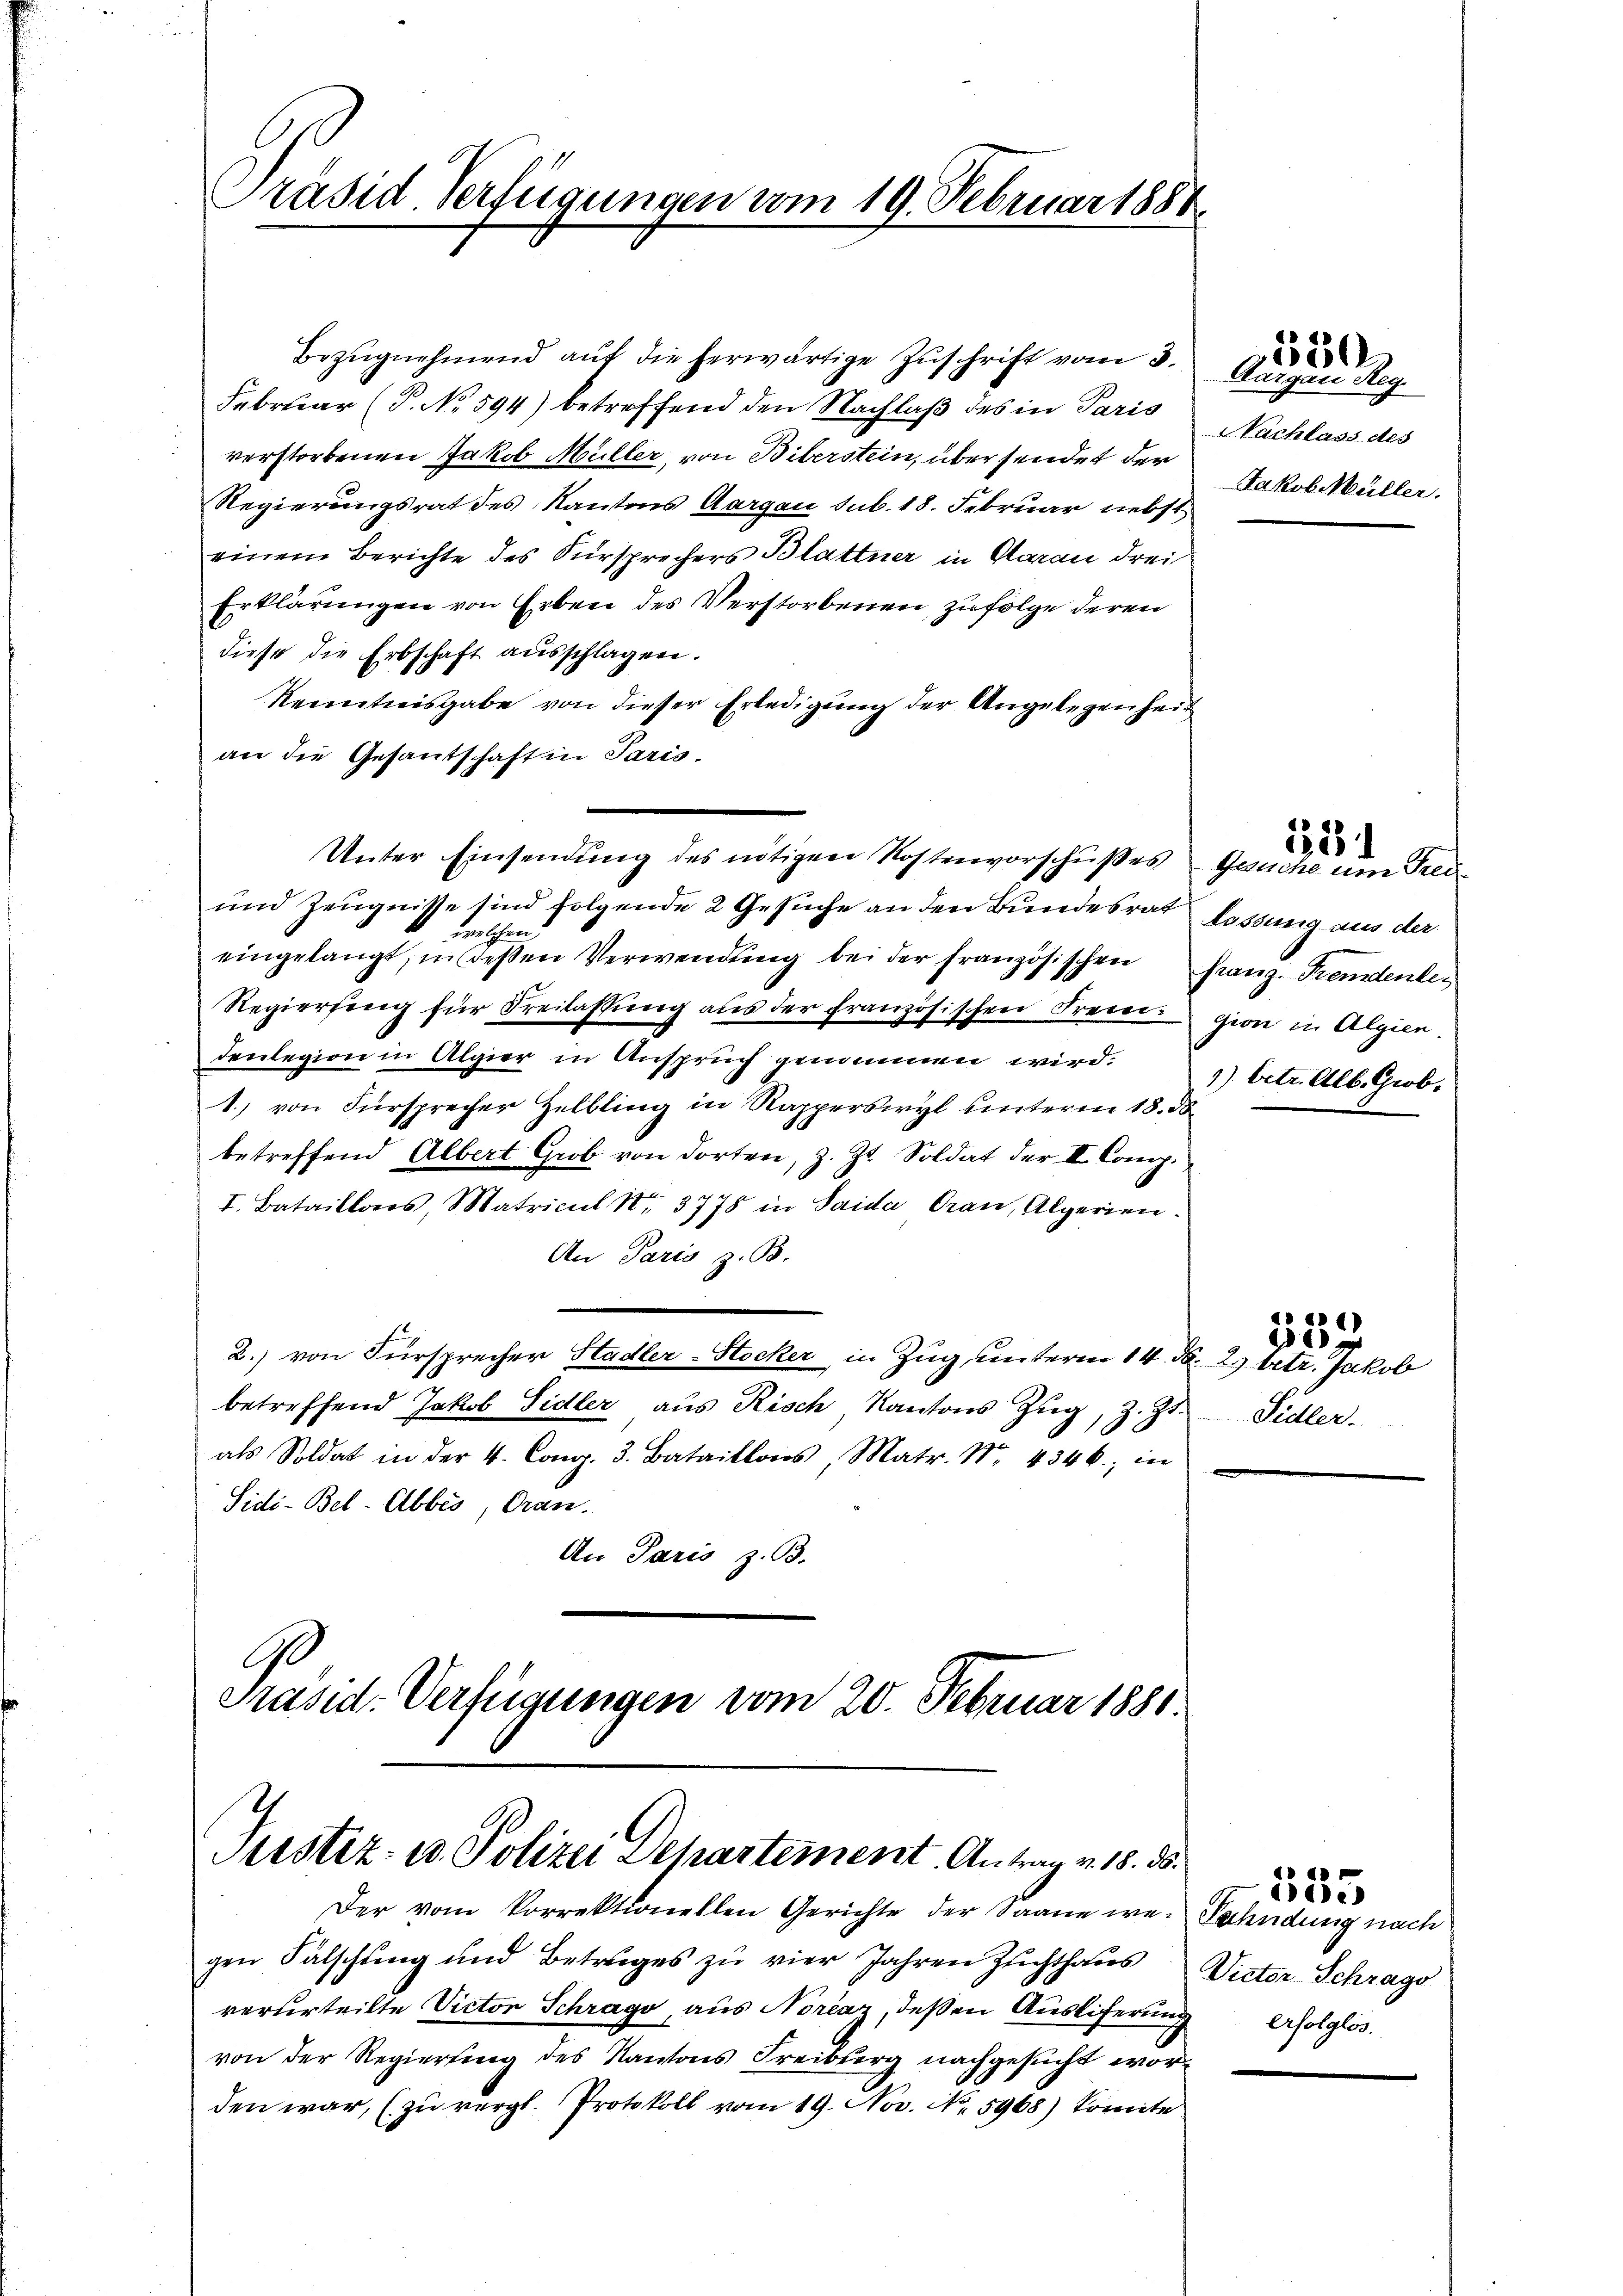
Präsid Verfügungen vom 19. Februar 1888.

Bezŭgnehmend auf die herwärtige Zuschrift vom 3.
Februar (P. No 594) betreffend den Nachlaß des in Paris
verstorbenen Jakob Müller, von Biberstein, über sendet der
Regierungsrat des Kantons Aargau sub. 18. Februar nebst
einem Berichte des Fürsprechers Blattner in Aarau drei
Erklärungen von Erben des Verstorbenen zufolge deren
diese die Erbschaft aŭsschlagen.
Kenntnisgabe von dieser Erledigung der Angelegenheit
an die Gesantschaft in Paris.
und Zeugnisse sind folgende 2 Gesuche an den Bundesrat
welchen
eingelangt, in deßen Verwendung bei der französischen Franz. Fremdenle¬
Regierung für Freilassŭng aŭs der französischen Freien gion in Algien.
denlegion in Algier in Anspruch genommen wird.
1.) von Fürsprecher Helbling in Rapperswyl unterm 18. d
betreffend Albert Grob von dorten, z. Zt. Soldat der III. Comp.
I. Bataillons, Matricul Nr. 3778 in Saida Oran, Algerien.
An Paris z. B.
2.) von Fürsprecher Stadler-Stocker in Zug, unterm 14. d. 2. betr. Jakob
betreffend Jakob Sidler aus Risch, Kantons Zŭg, z. Zt.
als Soldat in der 4. Cong. 3. Bataillons Matr. Nr. 4346; in
Sidi-Bel-Abbis, Gran.
An Paris z. B.

G

Unter Einsendung des nötigen Kostenvorschußes Gesuche um Frei¬

Präsid. Verfügungen vom 20. Februar 1880.
Justiz- u. Polizei Departement. Antrag v. 18. ds.
Der vom korrektionellen Gerichte der Saane we- Fahndung nach

gen Fälschung und Betruges zu vier Jahren Zuchthaus
verurteilte Victor Schrago, aus Norčaz, deßen Ausliferung erfolglos.
von der Regierung des Kantons Freiburg nachgesucht worden war, (zŭ vergl. Protokoll vom 19. Nov. No. 5968) komite

Aargau Reg.
 Nachlass des
Jakob Müller.

lassung aus der
1) betr. Alb. Grob.

530

133

Sidler.

de
86

Victor Schrage

555